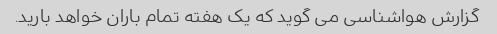
گزارش هواشناسی می گوید که یک هفته تمام باران خواهد بارید.